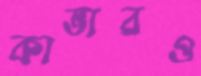
কাভারও